Report of the Lahore Medical School Hospital
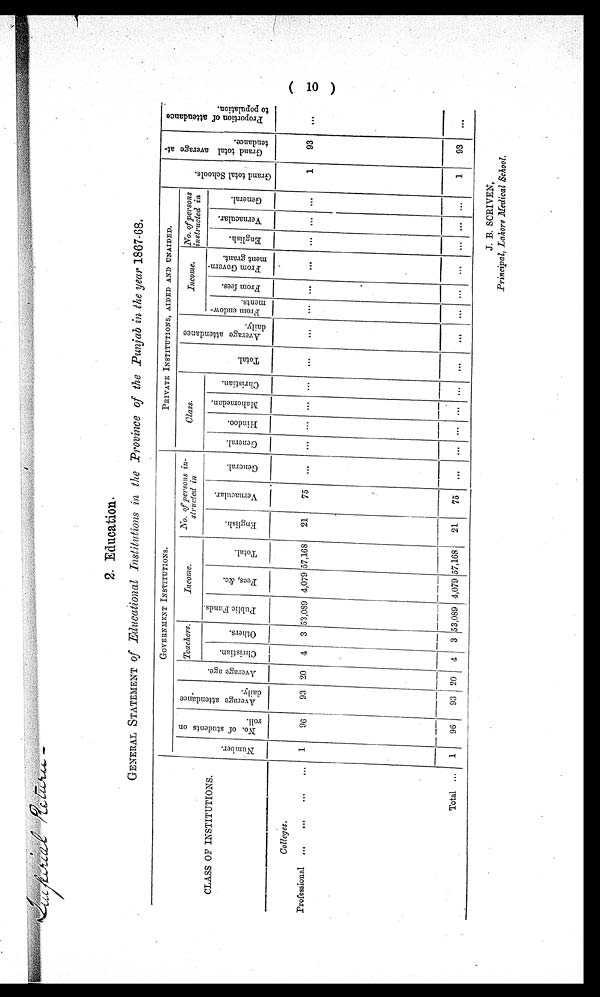
S u r p e r i a l R e t u r n -
2. Education.
GENERAL STATEMENT of Educational Institutions in the Province of the Punjab in the year 1867-68.
CLASS OF INSTITUTIONS.
GOVERNMENT INSTITUTIONS.
PRIVATE INSTITUTIONS, AIDED AND UNAIDED.
G r a n d t o t a l S c h o o l s .
G r a n d t o t a l a v e r a g e a t t e n d a n c e .
P r o p o t i o n o f a t t e n d a n c e t o p o p u l a t i o n .
N u m b e r .
N o . o f s t u d e n t s o n r o l l .
A v e r a g e a t t e n d a n c e d a i l y .
A v e r a g e a g e .
Teachers.
Income.
No. of persons in-
structed in
Class.
T o t a l .
A v e r a g e a t t e n d a n c e d a i l y .
Income.
No.o f p e r s o n s
intructed in
C h r i s t i a n .
O t h e r s .
P u b l i c F u n d s .
F e e s , & c .
T o t a l .
E n g l i s h .
V e r n a c u l a r .
G e n e r a l .
G e n e r a l .
H i n d o o .
M a h o m e d a n .
C h r i s t a n .
F r o m e n d o w - m e n t s .
F r o m f e e s .
F r o m G o v e r n - m e n t g r a n t .
E n g l i s h .
V e r n a c u l a r .
G e n e r a l .
Colleges.
Professional
1
96
93 20
4
3 53,089 4,079 57,168
21
75
. . .
. . . . . . . . . . . .
. . .
. . .
. . .
. . .
. . .
. . . . . . . . .
1
93
. . .
Total . . .
1
96
93 20
4
3 53,089 4,079 57,168
21
75
. . . . . . . . . . . . . . .
. . .
. . .
. . .
. . .
. . .
. . . . . . . . .
1
93
. . .
J. B. SCRIVEN,
Principal, Lahore Medical School.
10